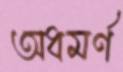
অধমর্ণ